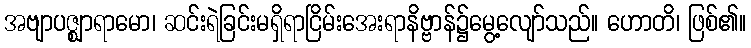
အဗျာပဇ္ဈာရာမော၊ ဆင်းရဲခြင်းမရှိရာငြိမ်းအေးရာနိဗ္ဗာန်၌မွေ့လျော်သည်။ ဟောတိ၊ ဖြစ်၏။